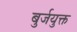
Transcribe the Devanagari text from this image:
बुर्जयुक्त